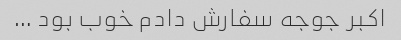
اکبر جوجه سفارش دادم خوب بود …